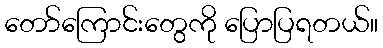
တော်ကြောင်းတွေကို ပြောပြရတယ်။